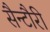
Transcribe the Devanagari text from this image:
सैन्टौरी